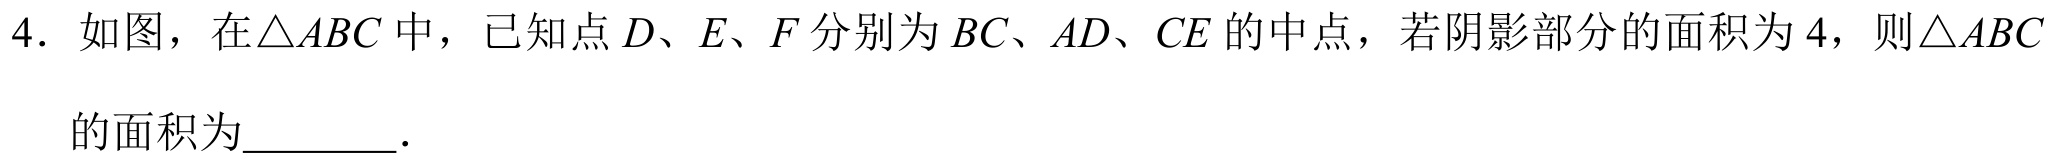
4. 如图，在\(\triangle ABC\)中，已知点\(D、E、F\)分别为\(BC、AD、CE\)的中点，若阴影部分的面积为\(4\)，则\(\triangle ABC\)的面积为________.